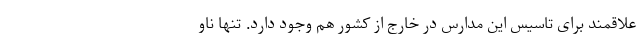
علاقمند برای تاسیس این مدارس در خارج از کشور هم وجود دارد. تنها ناو